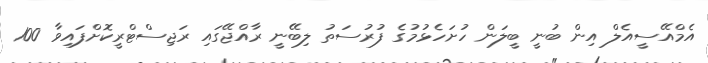
އެމްއޭސީއެލް އިން ބުނީ ބީލަން ހުށަހެޅުމުގެ ފުރުސަތު ލިބޭނީ ރާއްޖޭގައި ރަޖިސްޓްރީކޮށްފައިވާ 100